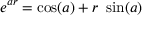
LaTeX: e ^ { a r } = \cos ( a ) + r \ \sin ( a )